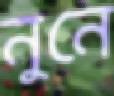
নুনে